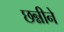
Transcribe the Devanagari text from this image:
छन्नीने